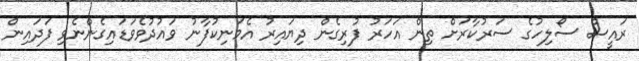
ރައީސް ސޯލިހުގެ ސަރުކާރަށް ތިން އަހަރު ފުރިގެން ދިޔައިރު އެމަނިކުފާނު ވައުދުވެވަޑައިގެންނެވި ފަދައިން